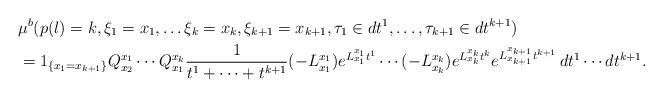
LaTeX: \begin{align*}&\mu^b(p(l)=k, \xi_1=x_1, \ldots \xi_k=x_k, \xi_{k+1}=x_{k+1},\tau_1\in dt^1, \ldots , \tau_{k+1}\in dt^{k+1})\\&=1_{\{x_1=x_{k+1}\}}Q_{x_2}^{x_1}\cdots Q_{x_1}^{x_k} \frac{1}{t^1+\cdots+t^{k+1}}(-L^{x_1}_{x_1})e^{L_{x_1}^{x_1}t^1}\cdots (-L^{x_k}_{x_k})e^{L_{x_k}^{x_k}t^k}e^{L_{x_{k+1}}^{x_{k+1}}t^{k+1}}\,dt^1\cdots dt^{k+1}.\end{align*}